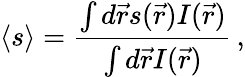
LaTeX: \langle s\rangle=\frac{\int d\vec{r}s(\vec{r})I(\vec{r})}{\int d\vec{r}I(\vec{r})}\, ,